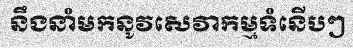
នឹងនាំមកនូវសេវាកម្មទំនើបៗ